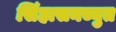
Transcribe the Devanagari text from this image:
सिंहासनच्युत